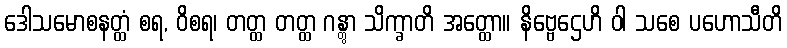
ဒေါသမောစနတ္ထံ စရ, ဝိစရ၊ တတ္ထ တတ္ထ ဂန္တွာ သိက္ခာတိ အတ္ထော။ နိဗ္ဗေဌေဟိ ဝါ သစေ ပဟောသီတိ